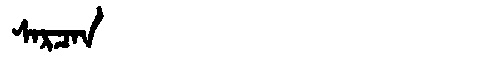
Manchu: ᠰᠠᡵᠴᠠᠨ
Romanization: SARCAN